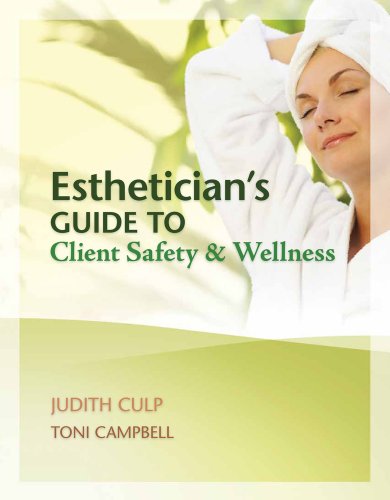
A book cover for Esthetician's Guide to Client Safety and Wellness; Judith Culp; Health, Fitness & Dieting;